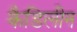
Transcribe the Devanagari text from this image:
कैडिलीन